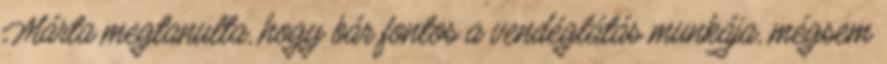
Márta megtanulta, hogy bár fontos a vendéglátás munkája, mégsem